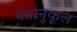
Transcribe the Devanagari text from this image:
वतानुकूल